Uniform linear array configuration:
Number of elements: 4
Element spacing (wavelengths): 1
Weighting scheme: exponential
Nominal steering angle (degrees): -30
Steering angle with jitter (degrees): -29.898
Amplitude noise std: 0.05
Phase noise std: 0.05

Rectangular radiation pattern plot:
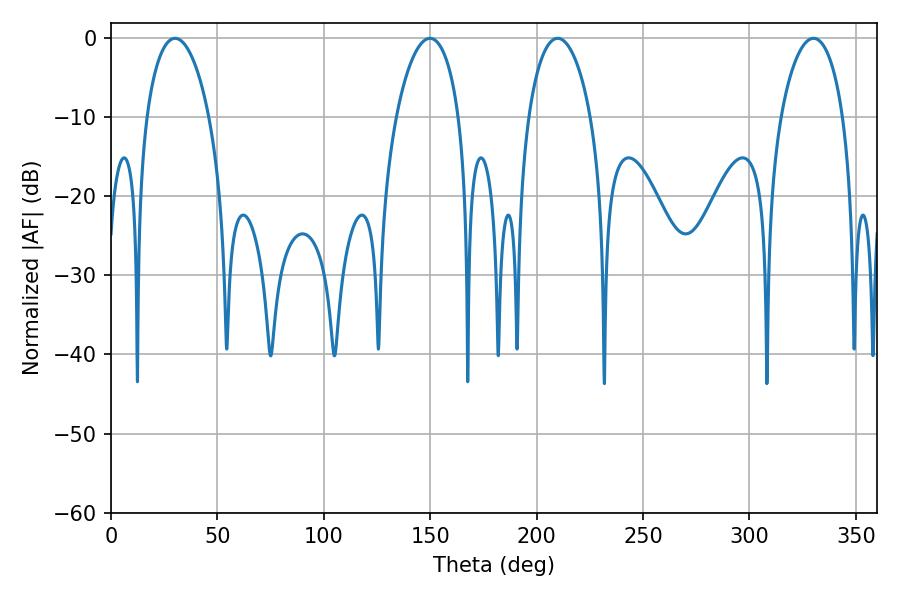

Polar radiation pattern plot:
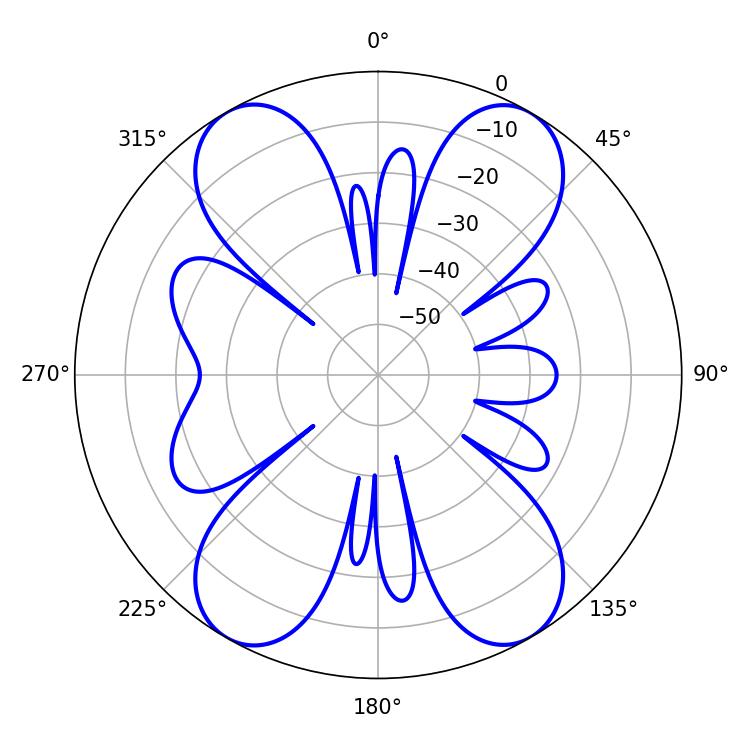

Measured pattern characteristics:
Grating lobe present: TRUE
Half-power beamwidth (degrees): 16.74
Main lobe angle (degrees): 330.12